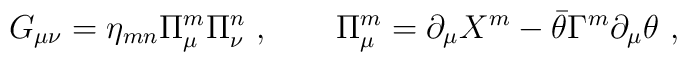
G_{\mu\nu} = \eta_{mn} \Pi_\mu^m \Pi_\nu^n \ , \qquad\Pi_\mu^m = \partial_\mu X^m - \bar\theta \Gamma^m \partial_\mu \theta \ ,